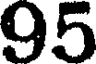
95